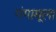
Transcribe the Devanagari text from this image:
गंगामूला